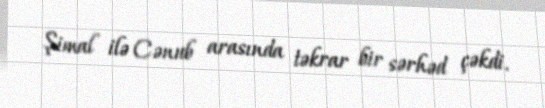
Şimal ilə Cənub arasında təkrar bir sərhəd çəkdi.